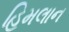
હિમલાન